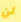
لن